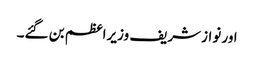
اور نوازشریف وزیراعظم بن گئے۔